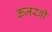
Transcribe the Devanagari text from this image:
कजरवी